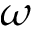
\omega